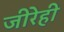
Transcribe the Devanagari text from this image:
जीरेही